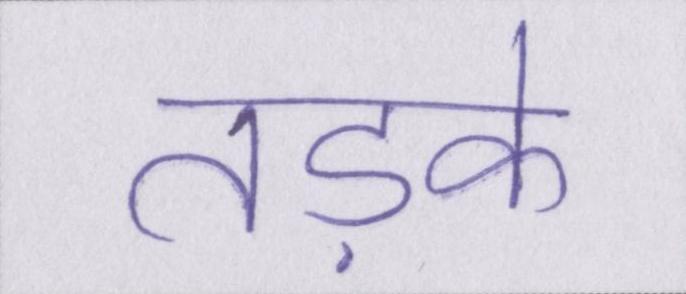
तड़के